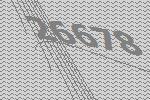
26678